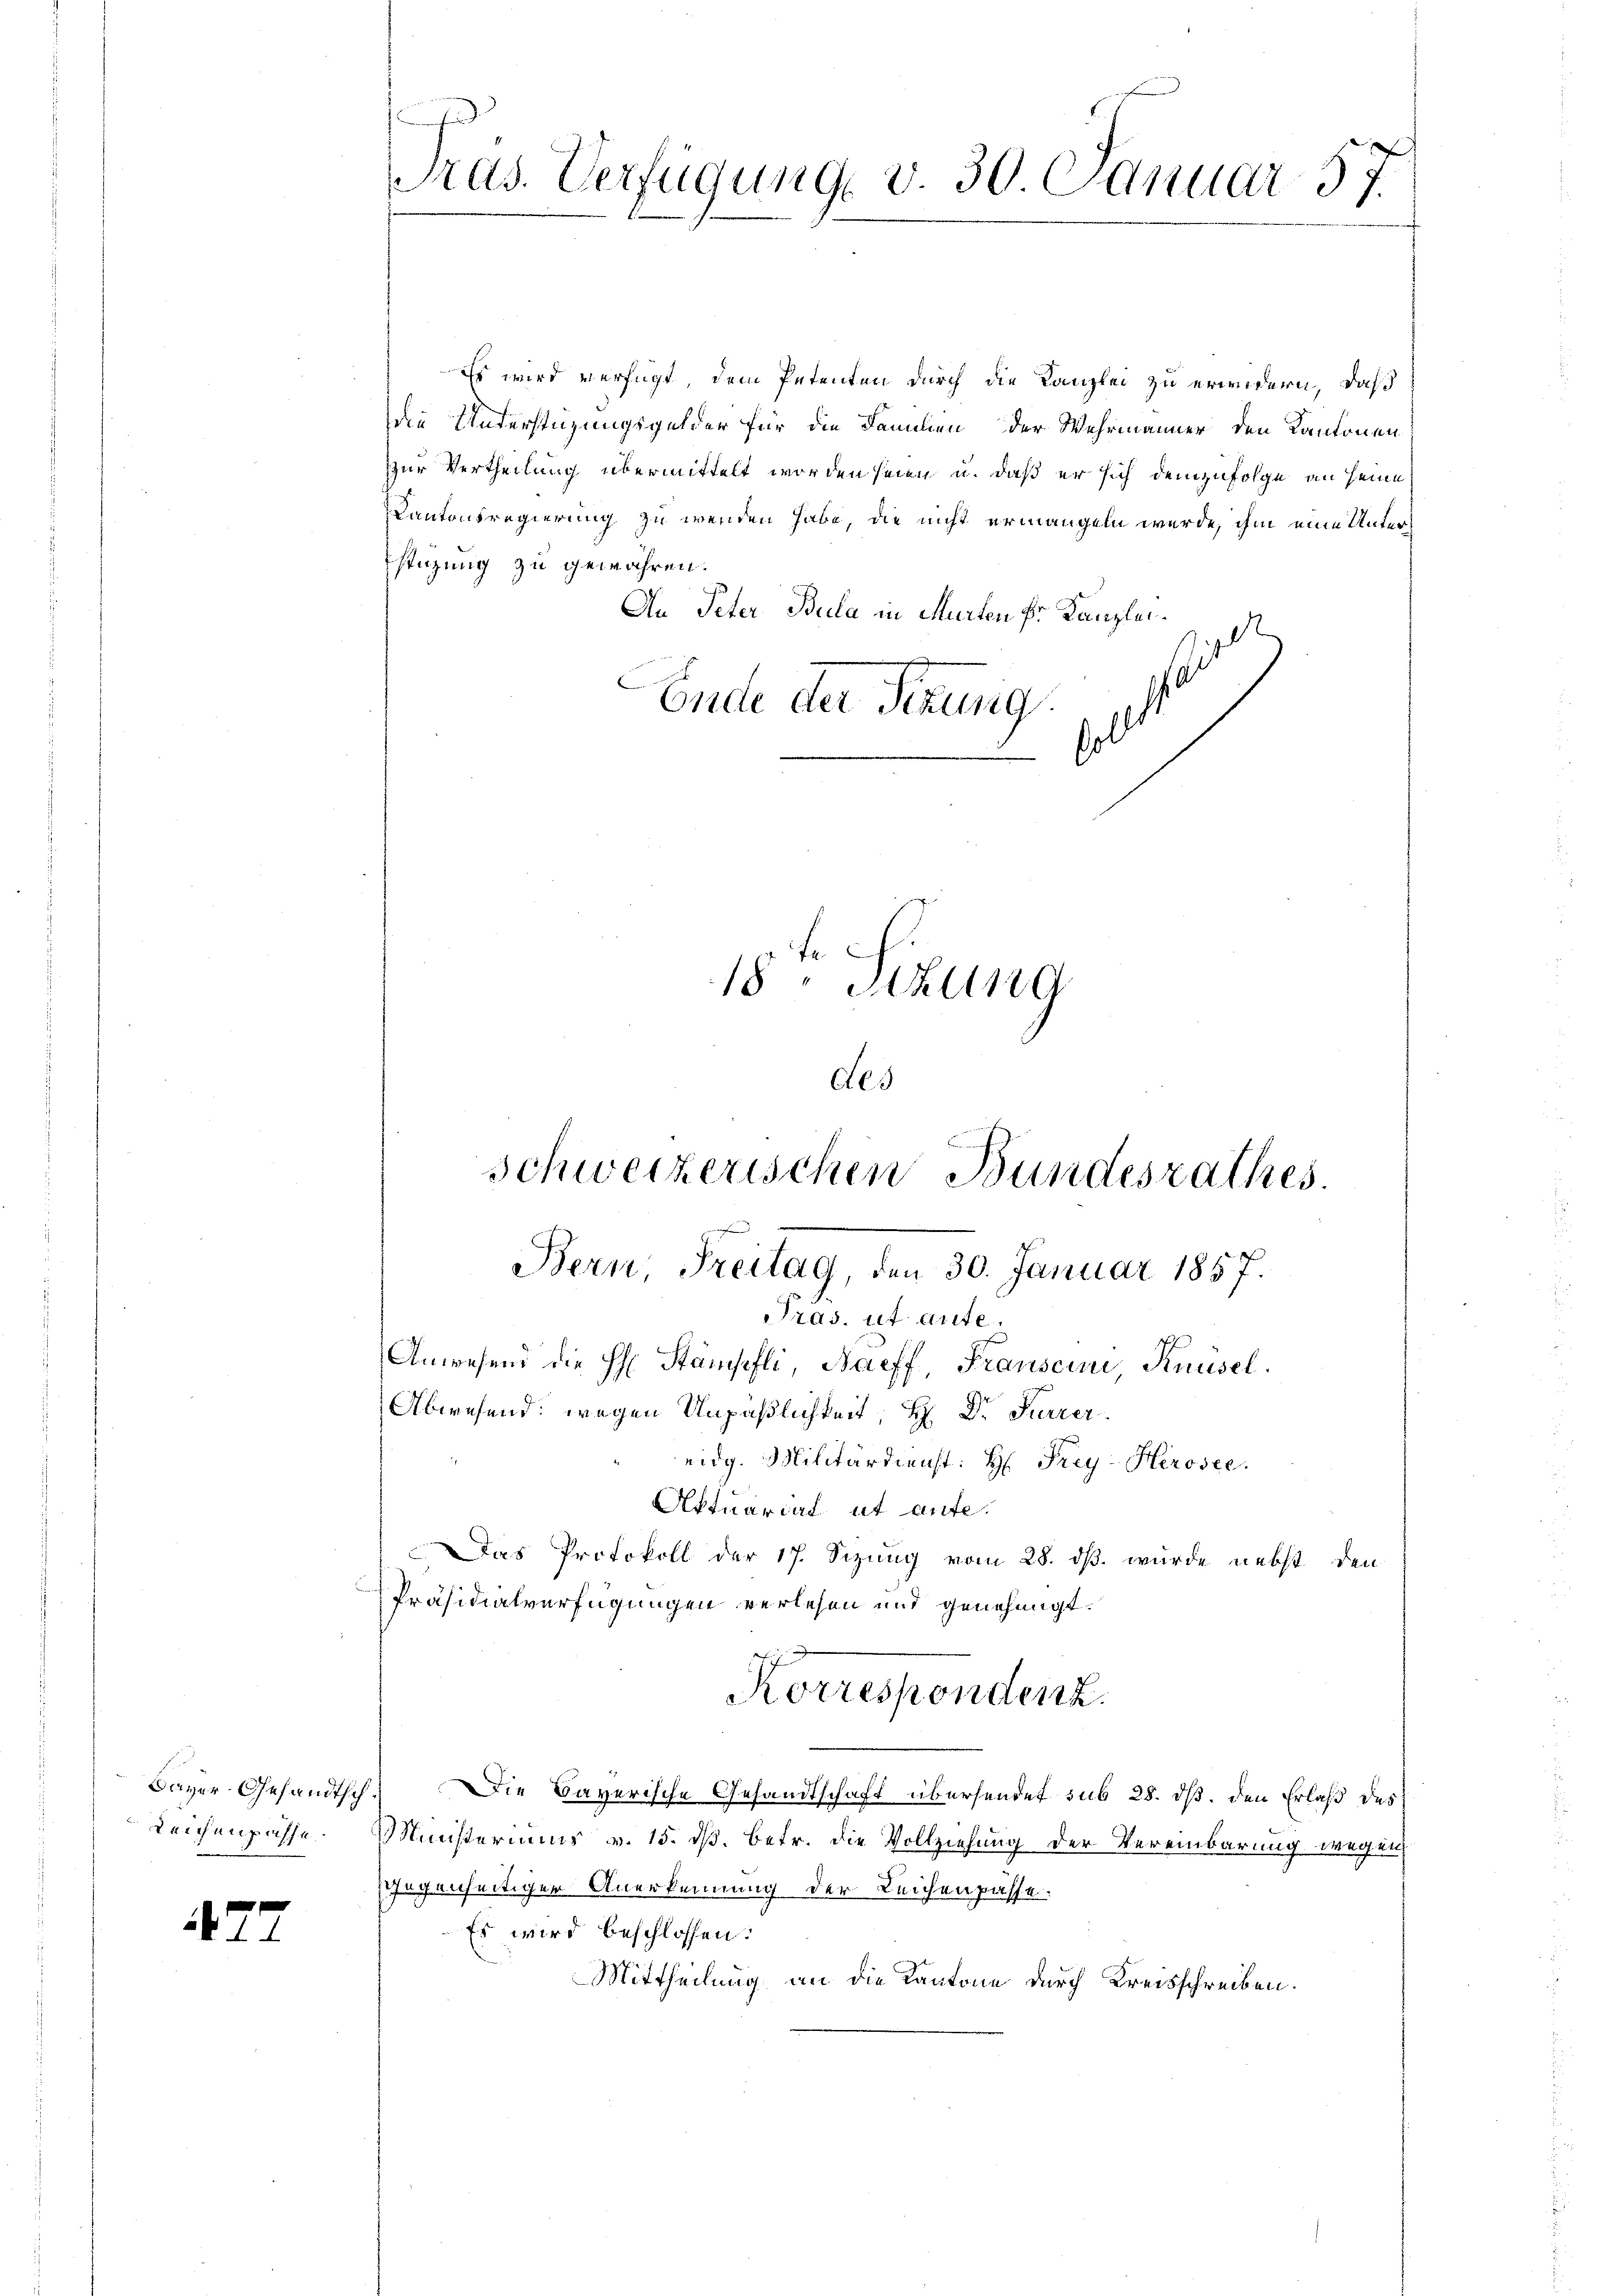
42.

Leichenpasse

Pras. Verfügung v. 30. Januar 57.

des
schweizerischen Bundesrathes.
Bern, Freitag, den 30. Januar 1857.
ras. ut aute.

Es wird verfügt, dem Petenten durch die Kanzlei zu erwidern, daß
die Unterstüzungsgelder für die Familien der Wehrmänner den Kantonen
zur Vertheilung übermittelt worden seien u. daß er sich demzufolge an seine
Cantonsregierung zu werden habe, die nicht ermangeln werde, ihm eine Unter
stüzung zu gewähren.
An Peter Bula in Murten Fr. Kanzlei d
e
Ende der Sitzung
sollt
Anwesend die H. Stämpfli, Naeff, Franscini, Knüsel.
Abwesend: wegen Unpäßlichkeit, H. Dr. Karrer
eidg. Militärdienst: H: Frey- Herosee.
Aktuariat ut aute.
Das Protokoll der 17. Sizung vom 28. dß wurde nebst den
Präsidialverfügungen verlesen und genehmigt.
Korrespondenz.
Bayer Gesandtsch. Die Bayerische Gesandtschaft übersendet sub 28. dß. den Erlaß des
Ministeriums v. 15. ds. betr. die Vollziehung der Vereinbarung wegen
gegenseitiger Anerkennung der Leichenpasse.
Es wird beschlossen:
Mittheilung an die Kantone durch Kreisschreiben.

18. Sizung